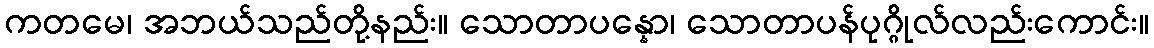
ကတမေ၊ အဘယ်သည်တို့နည်း။ သောတာပန္နော၊ သောတာပန်ပုဂ္ဂိုလ်လည်းကောင်း။